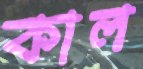
কাল